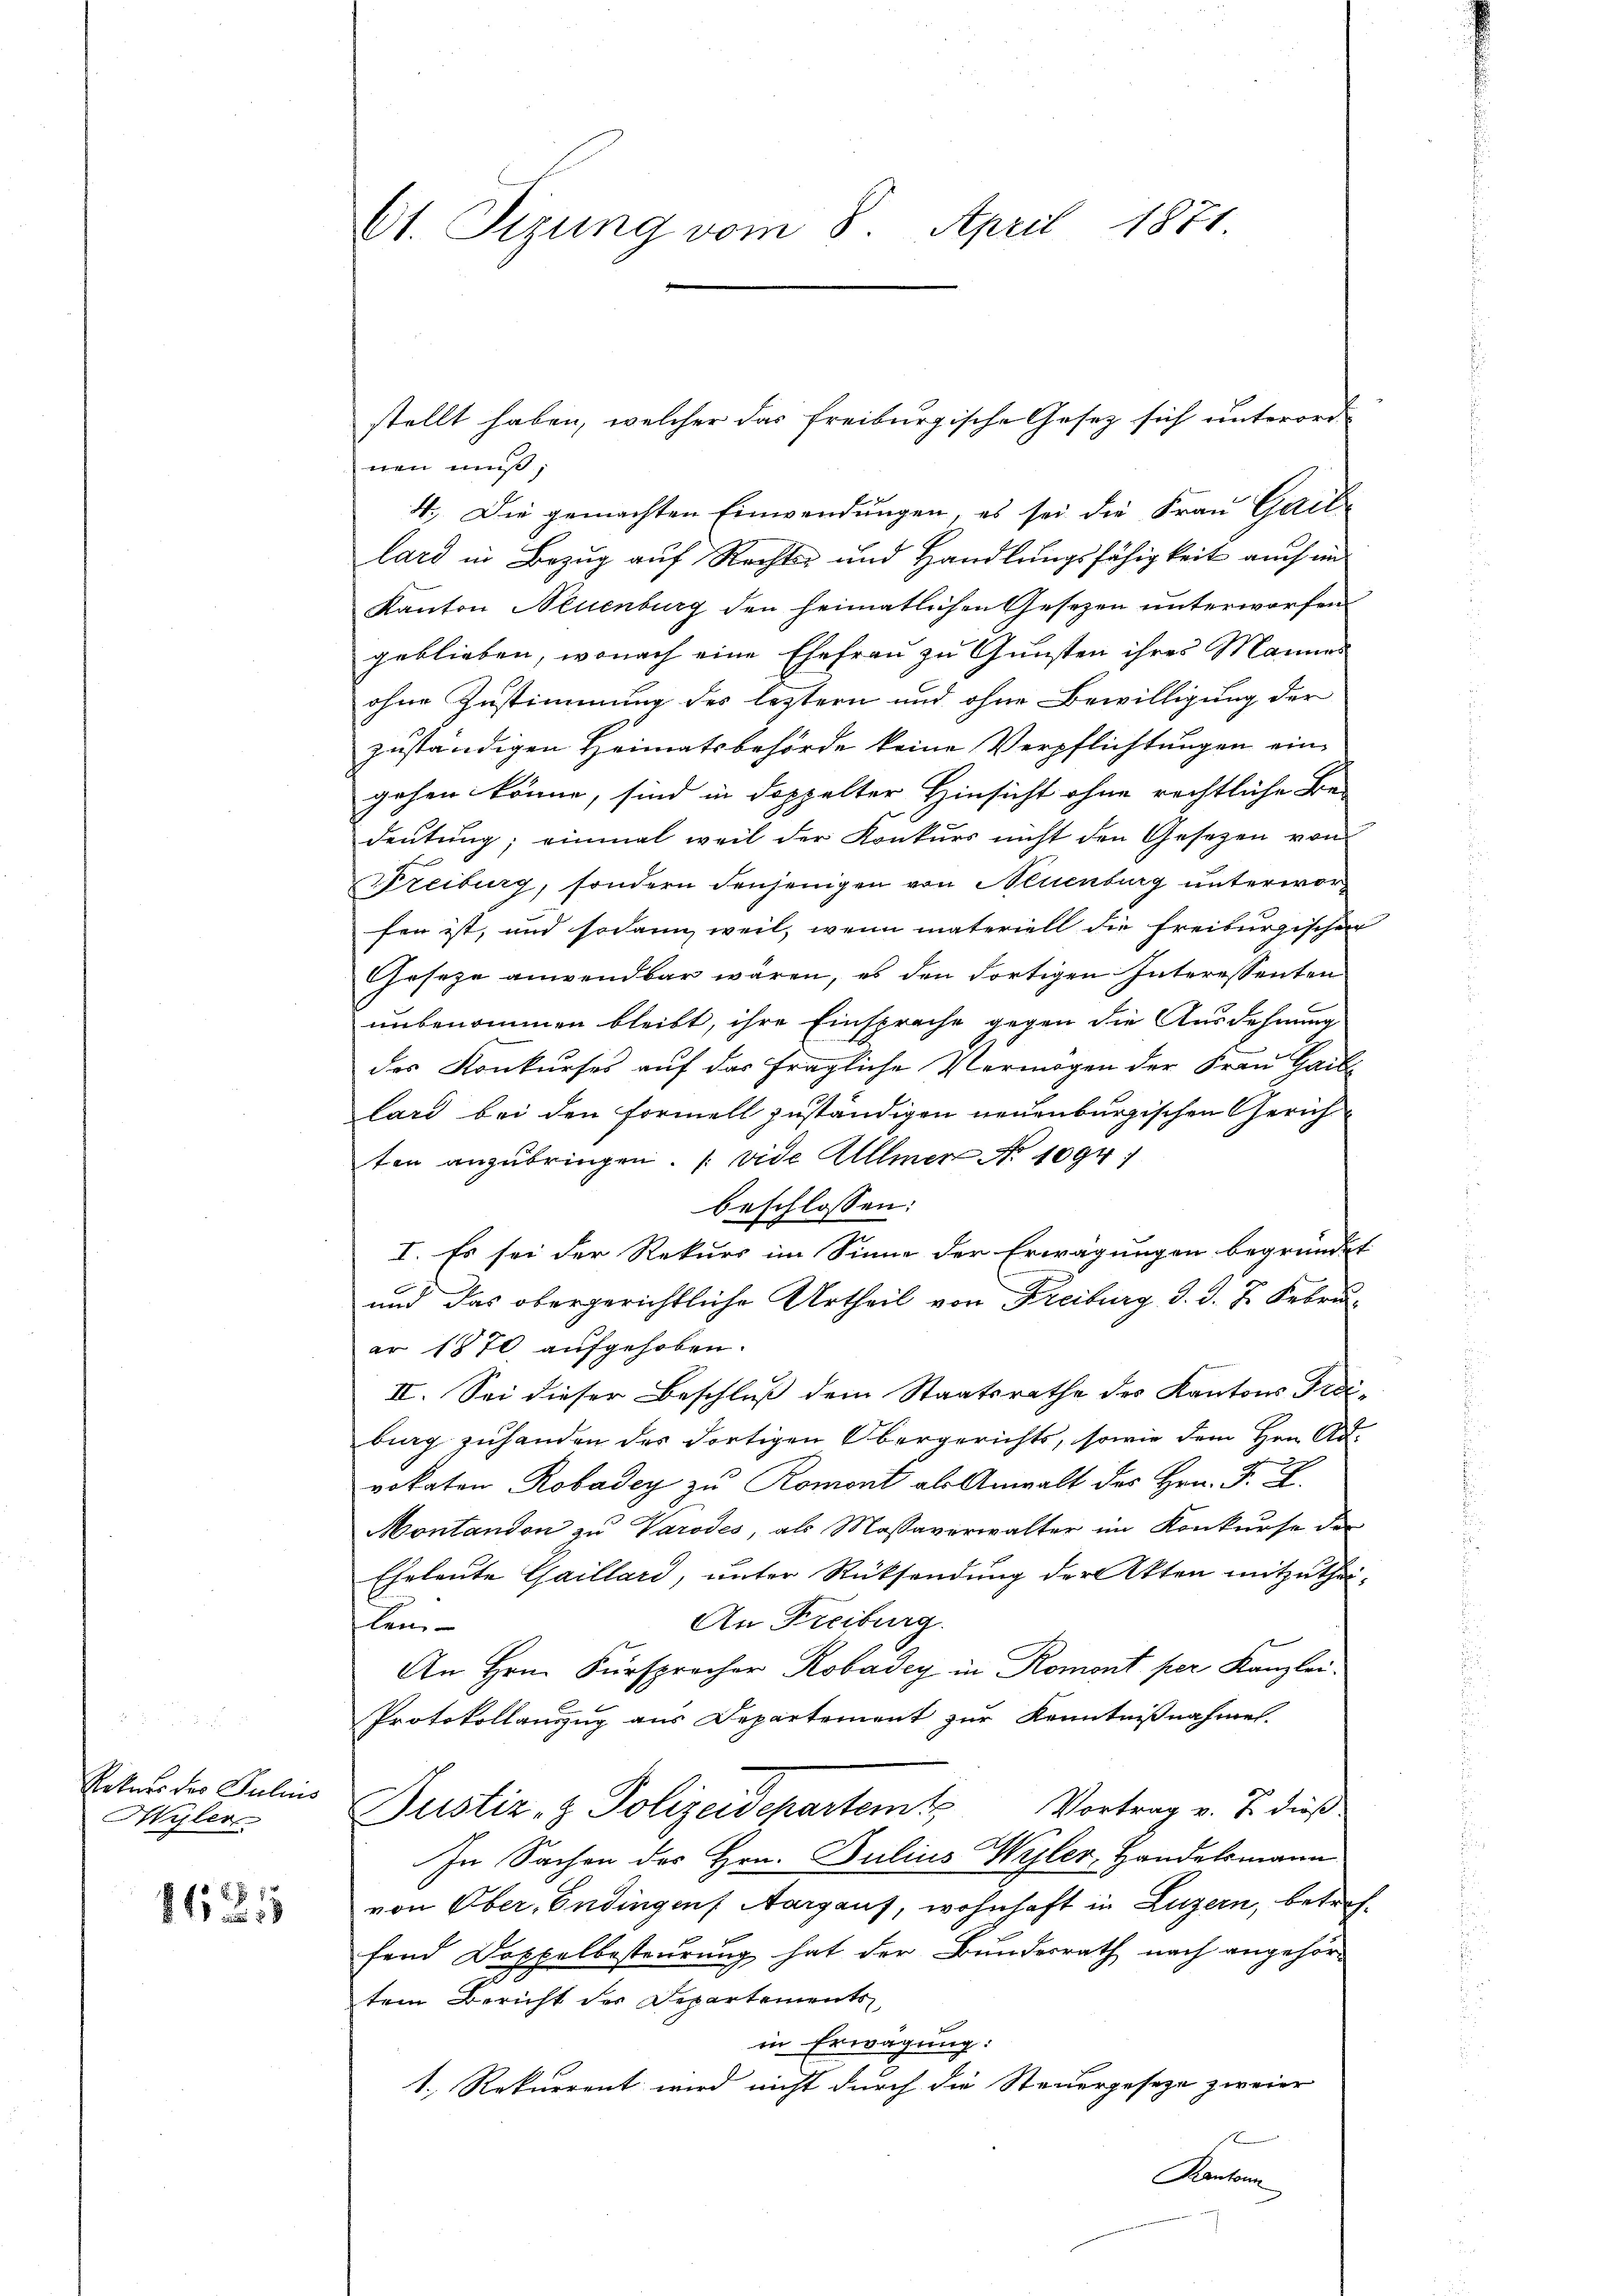
Rekurs der Julius
Hyler

1685

61. Sizung vom 8. April 1871.

stellt haben, welcher das freiburgische Gesetz sich unterord-
nen muß;
4. Die gemachten Einwendungen, es sei die Frau Gaillard in Bezug auf Rechts- und Handlungsfähigkeit auch in
Kanton Neuenburg den heimatlichen Gesezen unterworfen
geblieben, wonach eine Ehefrau zu Gunsten ihres Mannes
ohne Zustimmung des letztern und ohne Bewilligung der
zuständigen Heimatsbehörde keine Verpflichtungen ein-
gehen könne, sind in doppelter Hinsicht ohne rechtliche Be-
deutung; einmal weil der Konkurs nicht den Gesetzen von
Freiburg, sondern denjenigen von Neuenburg unterworfen ist, und sodann, weil, wenn materiell die freiburgischen
Geseze anwendbar waren, es den Fortigen Interessenten
unbenommen bleibt, ihre Einsprache gegen die Ausdehnung
des Konkurses auf das fragliche Vermögen der Frau Gail
lard bei den Formell zuständigen neuenburgischen Gerich
ten anzubringen. (vide Allmer No 1094
beschlossen:
I. Es sei der Rekurs im Sinne der Erwägungen begründet
und das obergerichtliche Urtheil von Freiburg d. d. J. Februar 1870 aufgehoben.
II. Sei dieser Beschluß dem Staatsrathe des Kantons Irdi-
bung zuhanden des dortigen Obergerichts, sowie dem Hrn. Ad-
vokaten Robadey zu Romont als Anwalt des Hrn. F. J.
Montandon zu Varodes, als Massaverwalter im Konkurse der
Eheleute Gaillard, unter Rücksendung der Akten mitzuthei-
An Freiburg.
len
An Hrn. Fürsprocher Robadey in Romont per Kanzlei.
Protokollanzug aus Departement zur Kenntnißnahme.
Justiz- & Polizeidepartem Vortrag v. J. dieß
In Sachen des Hrn. Julius Wyler, Handelsmann
von Ober-Endingen, Aargauf, wohnhaft in Luzern, betreffend Doppelbesteurung hat der Bundesrath nach angehörtem Bericht des Departements,
in Erwägung:
1. Rekurrent wird nicht durch die Steuergesetze zweier
Kanton